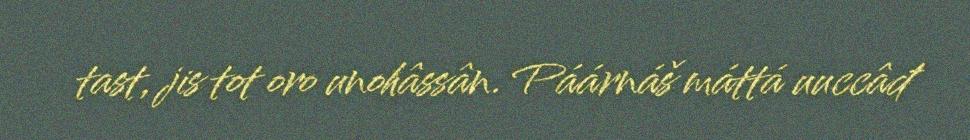
tast, jis tot oro unohâssân. Páárnáš máttá uuccâđ